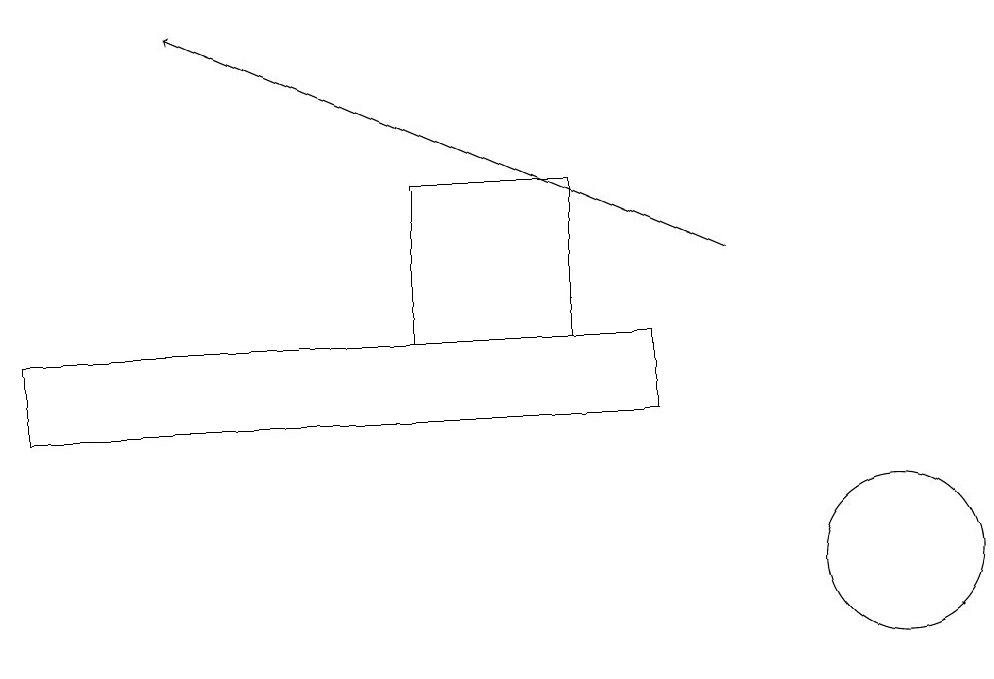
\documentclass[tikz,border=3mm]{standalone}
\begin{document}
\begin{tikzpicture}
\draw (0,13) rectangle (8,14);
\draw (5,16) rectangle (7,14);
\draw (11,11) circle (1);
\draw[->] (9,15) -- (2,18);
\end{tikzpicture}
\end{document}